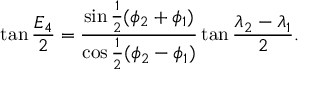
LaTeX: \tan { \frac { E _ { 4 } } { 2 } } = { \frac { \sin { \frac { 1 } { 2 } } ( \phi _ { 2 } + \phi _ { 1 } ) } { \cos { \frac { 1 } { 2 } } ( \phi _ { 2 } - \phi _ { 1 } ) } } \tan { \frac { \lambda _ { 2 } - \lambda _ { 1 } } { 2 } } .